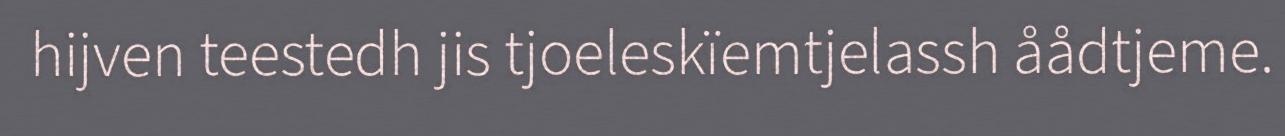
hijven teestedh jis tjoeleskïemtjelassh åådtjeme.